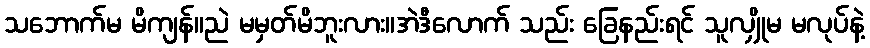
သဘောက်မ မိကျန်။ညဲ မမှတ်မိဘူးလား။အဲဒီလောက် သည်း ခြေနည်းရင် သူလျှိုမ မလုပ်နဲ့